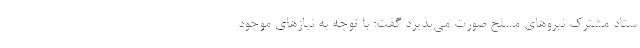
ستاد مشترك نيروهاي مسلح صورت مي‌پذيرد گفت: با توجه به نيازهاي موجود